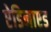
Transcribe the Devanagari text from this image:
ऐडिनाएड